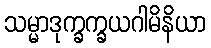
သမ္မာဒုက္ခက္ခယဂါမိနိယာ